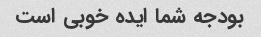
بودجه شما ایده خوبی است